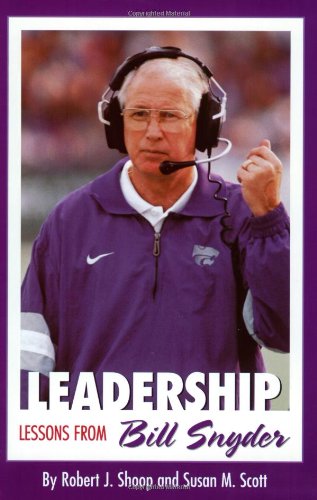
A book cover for Leadership Lessons from Bill Snyder; Robert J. Shoop; Sports & Outdoors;